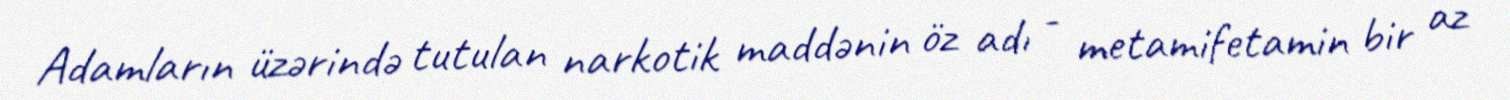
Adamların üzərində tutulan narkotik maddənin öz adı - metamifetamin bir az